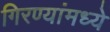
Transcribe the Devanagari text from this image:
गिरण्यांमध्ये